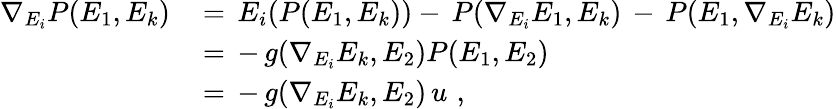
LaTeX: \begin{array}{rl}{\nabla_{E_{i}}P(E_{1},E_{k})\, }&{=\, E_{i}(P(E_{1},E_{k}))-\, P(\nabla_{E_{i}}E_{1},E_{k})\, -\, P(E_{1},\nabla_{E_{i}}E_{k})}\\ &{=\, -\, g(\nabla_{E_{i}}E_{k},E_{2})P(E_{1},E_{2})}\\ &{=\, -\, g(\nabla_{E_{i}}E_{k},E_{2})\, u\, \, ,}\end{array}